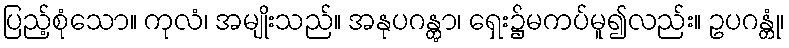
ပြည့်စုံသော။ ကုလံ၊ အမျိုးသည်။ အနုပဂန္တွာ၊ ရှေး၌မကပ်မူ၍လည်း။ ဥပဂန္တုံ၊